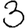
Digit: 3